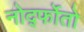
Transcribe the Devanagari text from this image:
नोर्द्फोतो